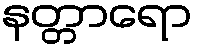
နတ္တာရော